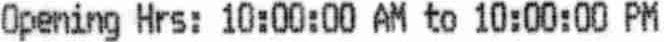
OPENING HRS: 10:00:00 AM TO 10:00:00 PM